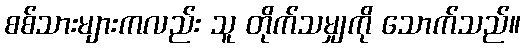
စစ်သားများကလည်း သူ တိုက်သမျှကို သောက်သည်။